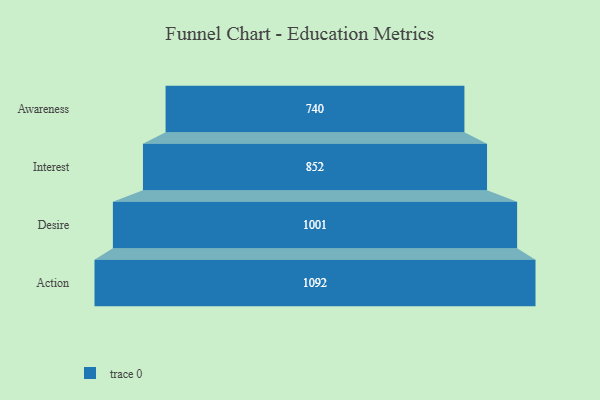
{"axis": {"x": "Stage", "y": "Value"}, "legend": [""], "data": [{"x": "Awareness", "y": 740.0, "type": ""}, {"x": "Interest", "y": 852.0, "type": ""}, {"x": "Desire", "y": 1001.0, "type": ""}, {"x": "Action", "y": 1092.0, "type": ""}]}